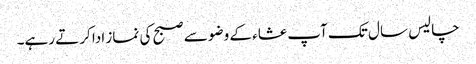
چالیس سال تک آپ عشاء کے وضو سے صبح کی نماز ادا کرتے رہے۔